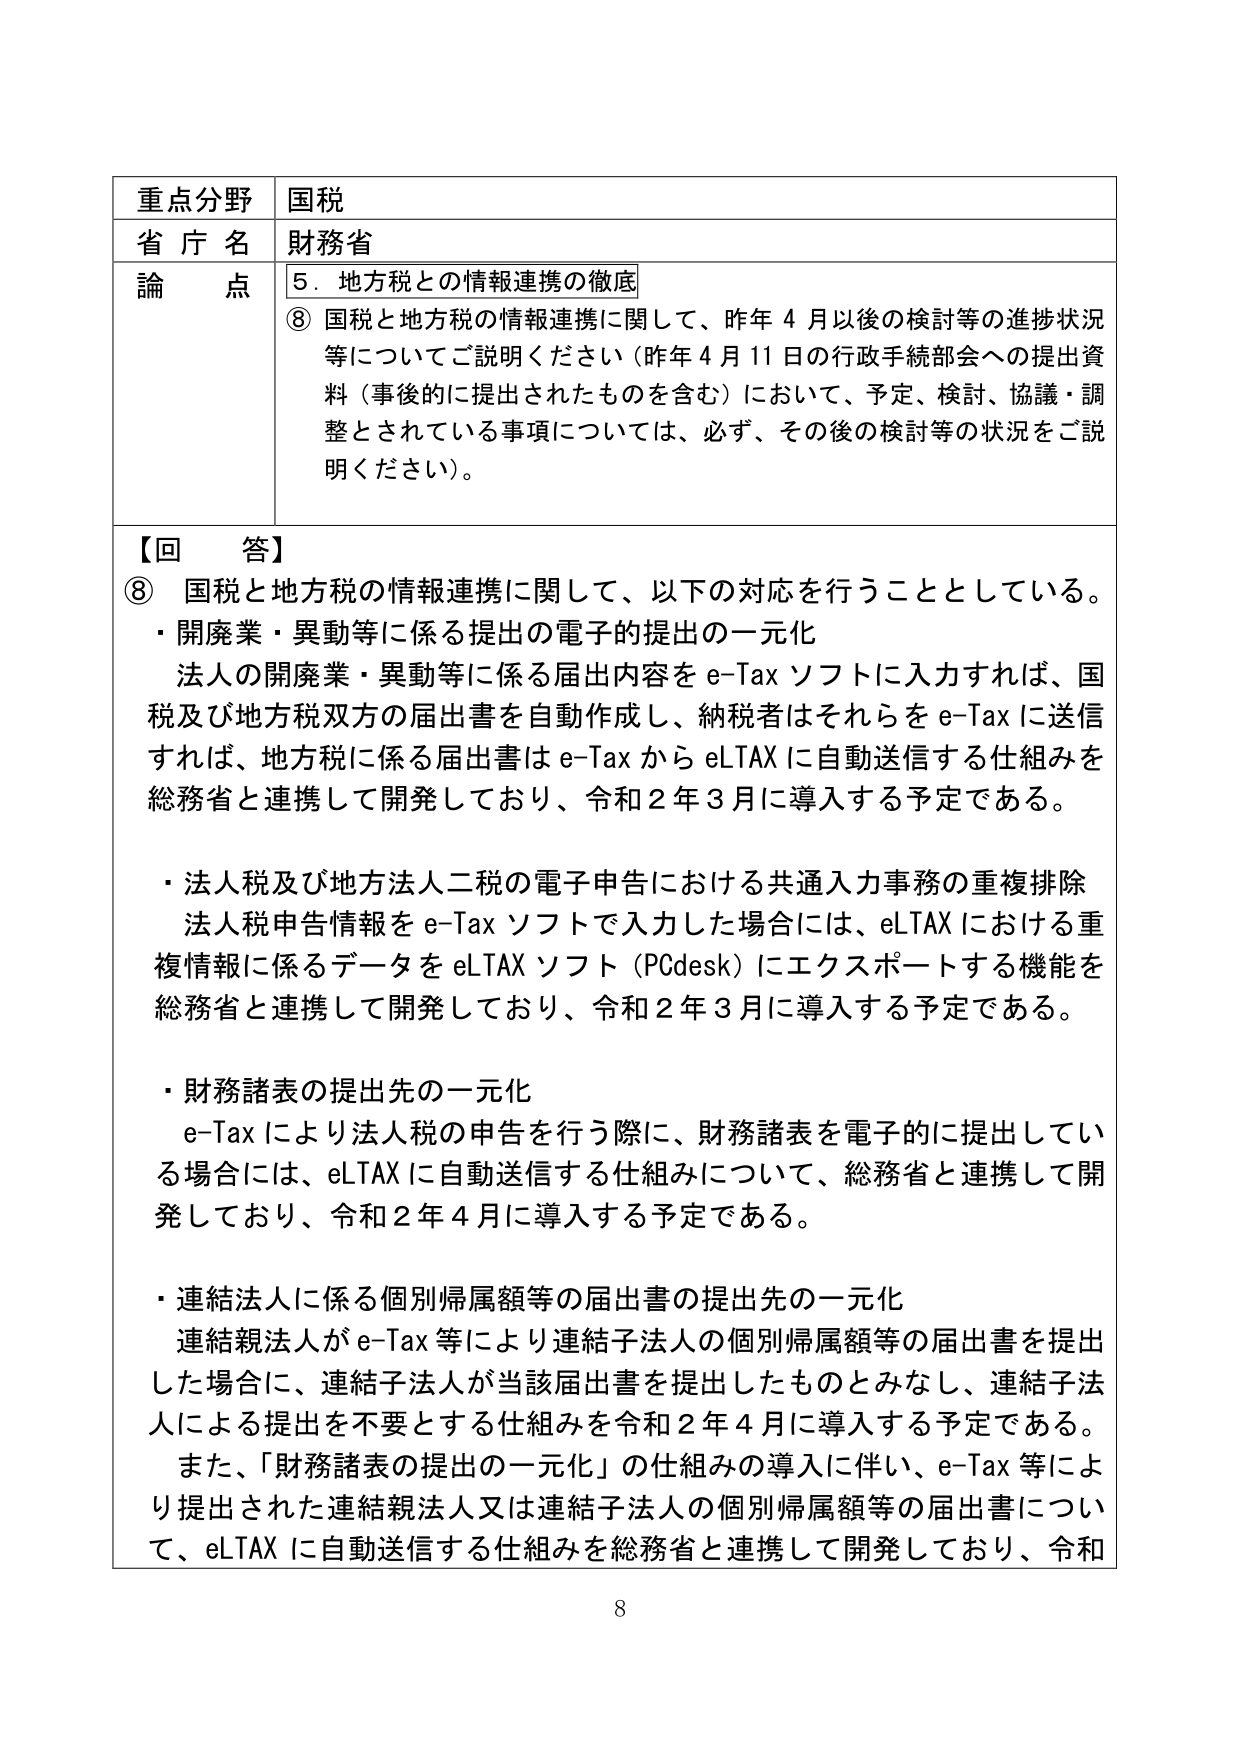
重点分野 国税
省庁名 財務省
論点 5．地方税との情報連携の徹底
⑧ 国税と地方税の情報連携に関して、昨年4月以後の検討等の進捗状況等についてご説明ください（昨年4月11日の行政手続部会への提出資料（事後的に提出されたものを含む）において、予定、検討、協議・調整とされている事項については、必ず、その後の検討等の状況をご説明ください）。

【回答】
⑧ 国税と地方税の情報連携に関して、以下の対応を行うこととしている。
・開廃業・異動等に係る提出の電子的提出の一元化
　法人の開廃業・異動等に係る届出内容をe-Taxソフトに入力すれば、国税及び地方税双方の届出書を自動作成し、納税者はそれらをe-Taxに送信すれば、地方税に係る届出書はe-TaxからeLTAXに自動送信する仕組みを総務省と連携して開発しており、令和2年3月に導入する予定である。
・法人税及び地方法人二税の電子申告における共通入力事務の重複排除
　法人税申告情報をe-Taxソフトで入力した場合には、eLTAXにおける重複情報に係るデータをeLTAXソフト（PCdesk）にエクスポートする機能を総務省と連携して開発しており、令和2年3月に導入する予定である。
・財務諸表の提出先の一元化
　e-Taxにより法人税の申告を行う際に、財務諸表を電子的に提出している場合には、eLTAXに自動送信する仕組みについて、総務省と連携して開発しており、令和2年4月に導入する予定である。
・連結法人に係る個別帰属額等の届出書の提出先の一元化
　連結親法人がe-Tax等により連結子法人の個別帰属額等の届出書を提出した場合に、連結子法人が当該届出書を提出したものとみなし、連結子法人による提出を不要とする仕組みを令和2年4月に導入する予定である。
　また、「財務諸表の提出の一元化」の仕組みの導入に伴い、e-Tax等により提出された連結親法人又は連結子法人の個別帰属額等の届出書について、eLTAXに自動送信する仕組みを総務省と連携して開発しており、令和

8